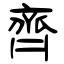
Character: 齊